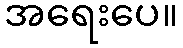
အရေးပေ။